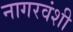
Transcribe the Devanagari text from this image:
नागरवंशी